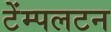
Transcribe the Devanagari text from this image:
टेंम्पलटन